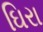
ઘિરા